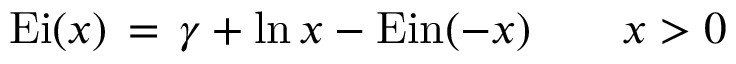
\operatorname { E i } ( x ) \, = \, \gamma + \ln x - \operatorname { E i n } ( - x ) \qquad x > 0